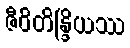
ဇီဝိတိန္ဒြိယဿ